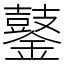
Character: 䥢